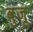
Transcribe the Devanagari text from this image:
वुजू